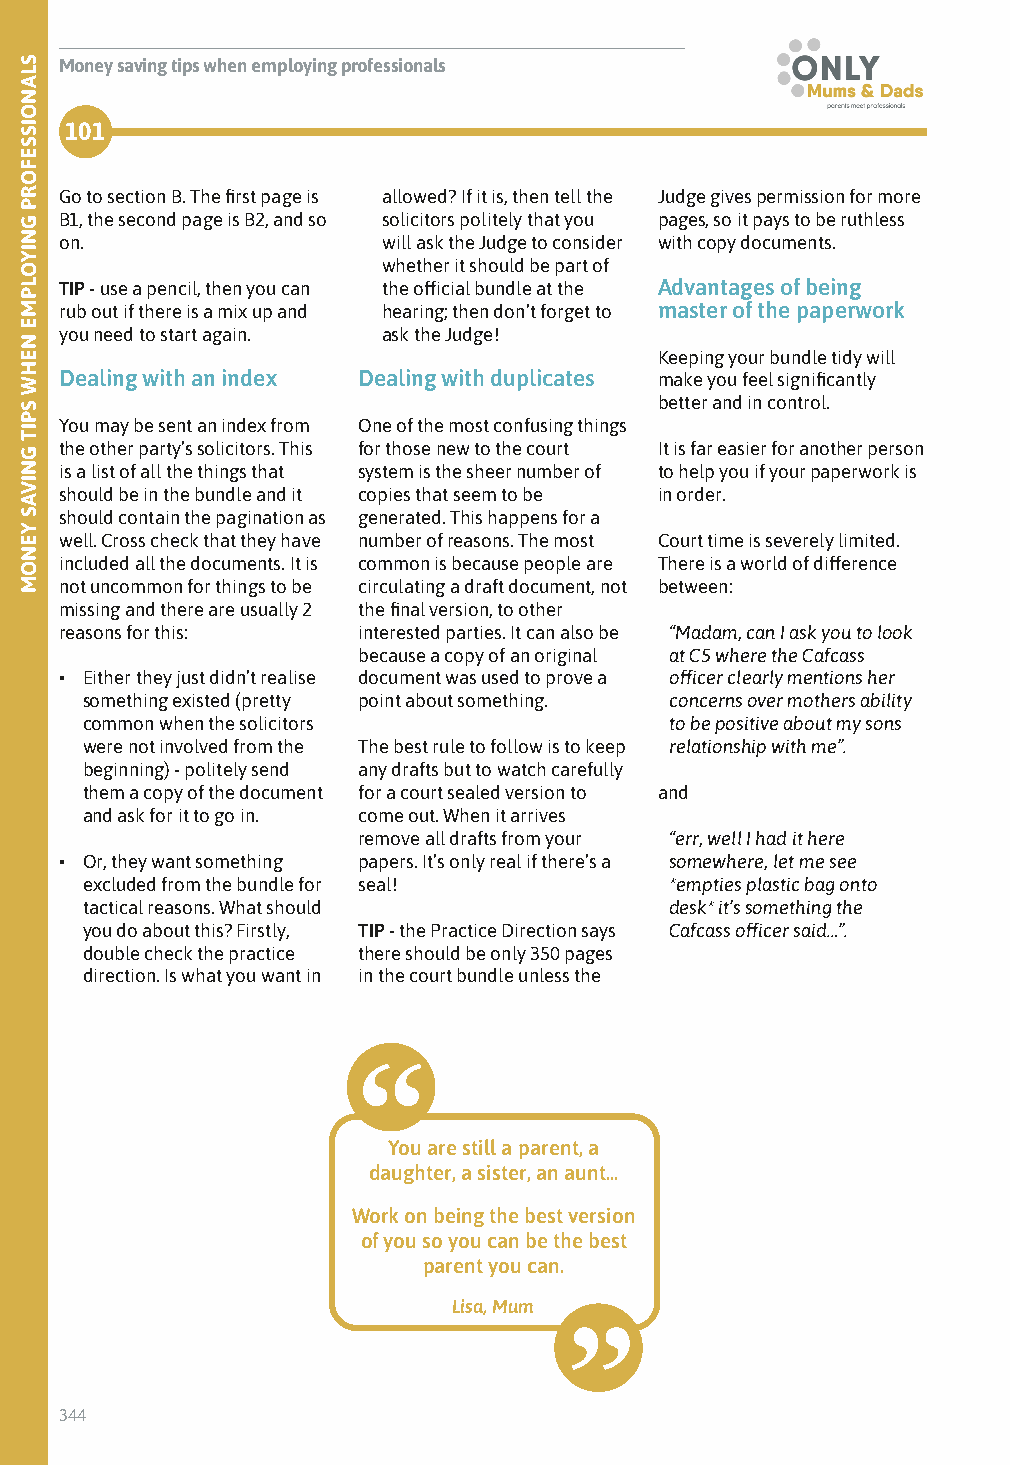
Profiles
 Money saving tips when employing professionals
 101
 Go to section B. The first page is allowed? If it is, then tell the Judge gives permission for more
 B1, the second page is B2, and so solicitors politely that you pages, so it pays to be ruthless
 on.                  will ask the Judge to consider with copy documents.
 whether it should be part of
 TIP - use a pencil, then you can the official bundle at the Advantages of being
 rub out if there is a mix up and hearing; then don’t forget to master of the paperwork
 you need to start again. ask the Judge!
 Keeping your bundle tidy will
 Dealing with an index Dealing with duplicates make you feel significantly
 better and in control.
 You may be sent an index from One of the most confusing things
 the other party’s solicitors. This for those new to the court It is far easier for another person
 is a list of all the things that system is the sheer number of to help you if your paperwork is
 should be in the bundle and it copies that seem to be in order.
 should contain the pagination as generated. This happens for a
 well. Cross check that they have number of reasons. The most Court time is severely limited.
 included all the documents. It is common is because people are There is a world of difference
 not uncommon for things to be circulating a draft document, not between:
 missing and there are usually 2 the final version, to other
 reasons for this:   interested parties. It can also be “Madam, can I ask you to look
 because a copy of an original at C5 where the Cafcass
 • Either they just didn’t realise document was used to prove a officer clearly mentions her
 something existed (pretty point about something. concerns over mothers ability
 common when the solicitors             to be positive about my sons
 were not involved from the The best rule to follow is to keep relationship with me”.
 beginning) - politely send any drafts but to watch carefully
 them a copy of the document for a court sealed version to and
 and ask for it to go in. come out. When it arrives
 remove all drafts from your “err, well I had it here
 • Or, they want something papers. It’s only real if there’s a somewhere, let me see
 excluded from the bundle for seal!     *empties plastic bag onto
 tactical reasons. What should          desk* it’s something the
 you do about this? Firstly, TIP - the Practice Direction says Cafcass officer said…”.
 double check the practice there should be only 350 pages
 direction. Is what you want in in the court bundle unless the
 You are still a parent, a
 daughter, a sister, an aunt...
 Work on being the best version
 of you so you can be the best
 parent you can.
 Lisa, Mum
 344
 SLANOISSEFORP
 GNIYOLPME
 NEHW
 SPIT
 GNIVAS
 YENOM